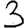
Digit: 3